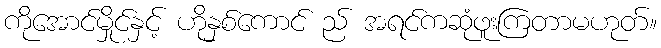
ကိုအောင်မှိုင်နှင့် ဟိုနှစ်ကောင် ည် အရင်ကဆုံဖူးကြတာမဟုတ်။